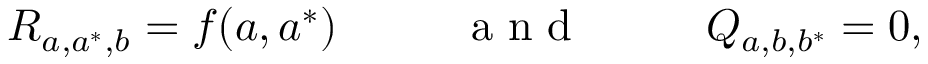
R _ { a , a ^ { * } , b } = f ( a , a ^ { * } ) \mathrm { ~ ~ ~ ~ ~ ~ ~ ~ ~ a ~ n ~ d ~ ~ ~ ~ ~ ~ ~ ~ ~ } Q _ { a , b , b ^ { * } } = 0 ,